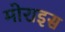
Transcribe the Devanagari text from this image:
मोराइस